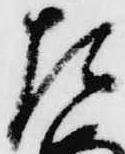
た